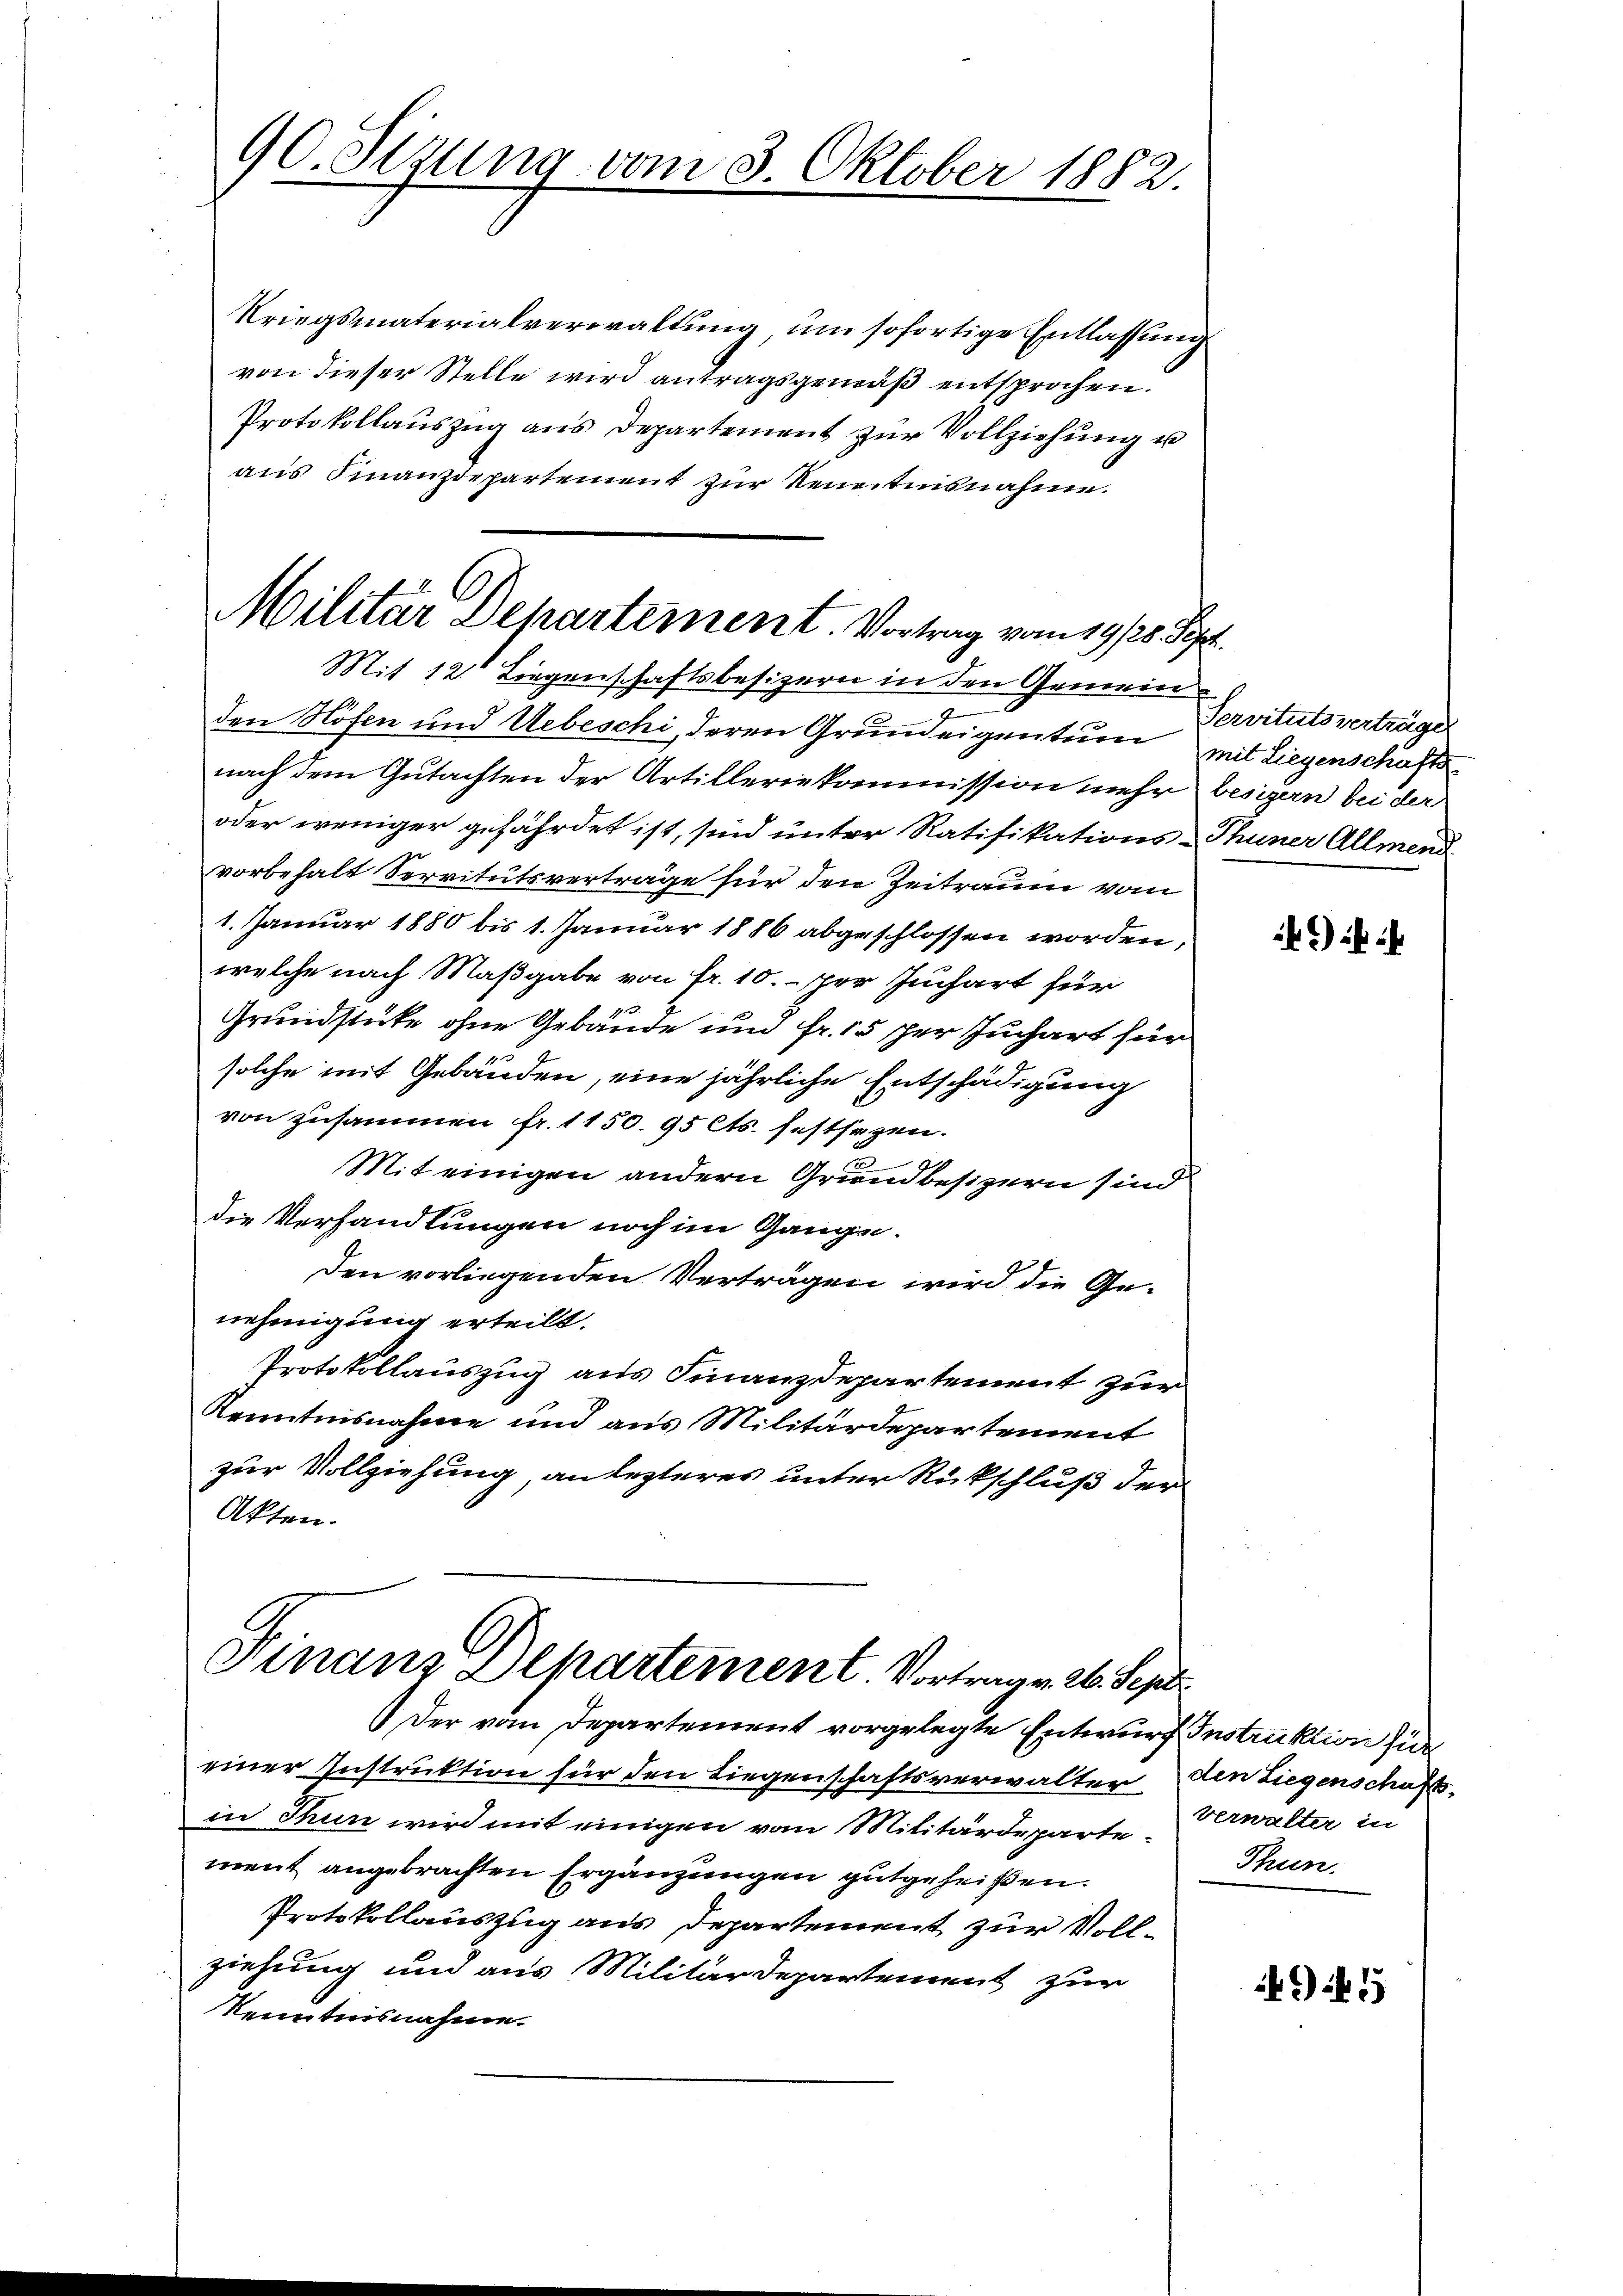
90. Sizung vom 3. Oktober 1882.

Kriegsmaterialverwaltung, um sofortige Entlassung
von dieser Stelle wird antragsgemäß entsprochen.
Protokollauszug aus Departement zur Vollziehung u
aus Finanzdepartement zur Kenntnisnahme.
Militar Departement. Vortrag vom 19/20. Sept.

Finanz Departement. Vortragen 26. Sept.

Mit 12 Liegenschaftsbesizern in den Gemeing
den Höfen und Uebeschi, deren Grundeigentur mit Liegenschafts
nach dem Gutachten der Artilleriekommission mehr besizern bei der
oder weniger gefährdet ist, sind unter Ratifikations-Thuner Allmend
vorbehalt Servitutsverträge für den Zeitraum vom
1. Januar 1880 bis 1. Januar 1886 abgeschlossen worden,
welche nach Maßgabe von fr. 10. per Juchart für
.
Grundstücke ohne Gebäude und Fr. 15 per Juchart für
solche mit Gebäuden, eine jährliche Entschädigung
von zusammen fr. 1150. 95 Cts. festsezen.

Mit einigen andern Grundbesizern sind
Die Verhandlungen noch im Gange.
Den vorliegenden Verträgen wird die Genehmigung erteilt.
Protokollauszug aus Finanzdepartement zur
Kenntnisnahme und aus Militärdepartement
zur Vollziehung, an lezteres unter Rückschluß der
Akten.

Der vom Departement vorgelegte Entwurf Instruktion fide
einer Instruktion für den Liegenschaftsverwalter
in Thun wird mit einigen vom Militärdeparte-
ment angebrachten Ergänzungen gutgeheißen.
Protokollauszug aus Departement zur Vollziehung und aus Militärdepartement zur
Kenntnisnahme.

Servitutsverträger

)

den Liegenschafts
verwalter in
Thun.

49 f 5